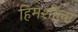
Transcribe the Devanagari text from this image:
हिमशीला